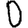
Digit: 0